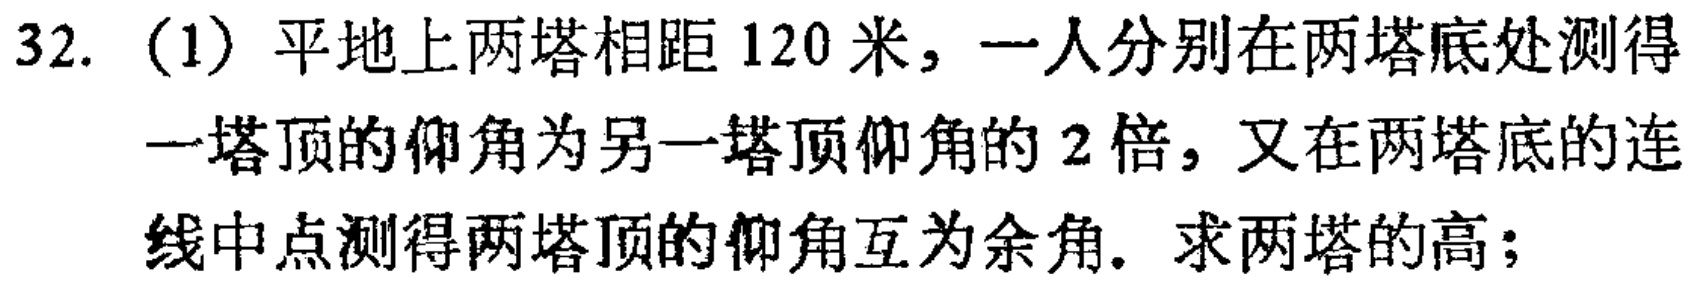
32.（1）平地上两塔相距 120 米，一人分别在两塔底处测得一塔顶的仰角为另一塔顶仰角的 2 倍，又在两塔底的连线中点测得两塔顶的仰角互为余角。求两塔的高；